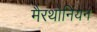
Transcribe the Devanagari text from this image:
मैरथोनियन